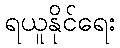
ရယူနိုင်ရေး